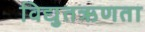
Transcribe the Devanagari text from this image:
विद्युतऋणता